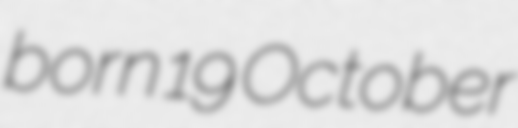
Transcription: born 19 October